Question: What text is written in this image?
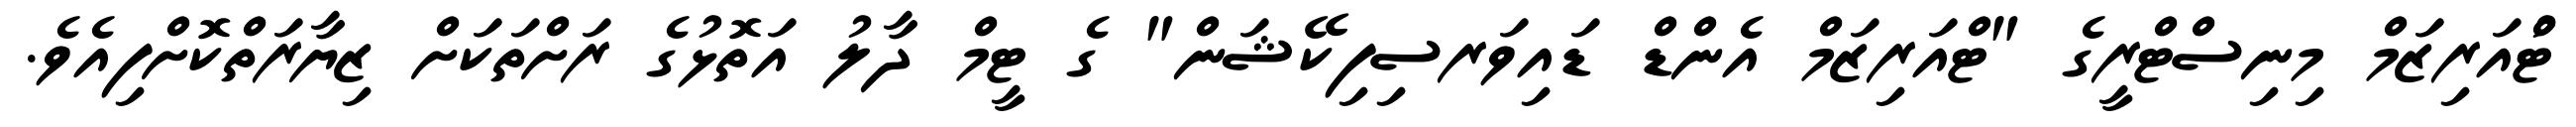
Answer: ޓްުއަރިޒަމް މިނިސްޓްރީގެ "ޓްއަރިޒަމް އެންޑް ޑައިވަރސިފިކޭޝަން" ގެ ޓީމް ދާލު އަތޮޅުގެ ރަށްތަކަށް ޒިޔާރަތްކޮށްފިއެވެ.